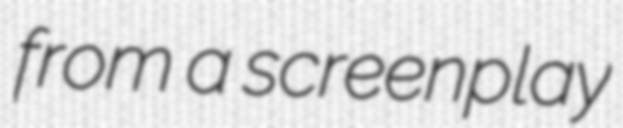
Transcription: from a screenplay